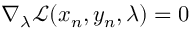
\nabla _ { \lambda } \mathcal { L } ( x _ { n } , y _ { n } , \lambda ) = 0